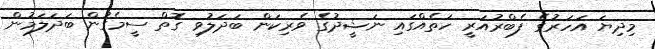
މިދިޔަ އަހަރުގެ ފެބްރުއަރީ ހަތެއްގައި ނަޝީދުގެ ވެރިކަން ބަދަލުވި ގޮތް ސީމެގުން ބަދަލަމުން